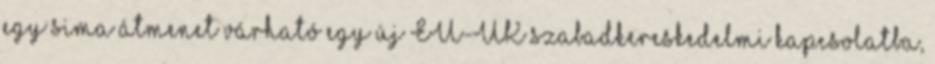
egy sima átmenet várható egy új EU-UK szabadkereskedelmi kapcsolatba,